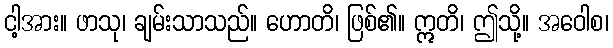
ငါ့အား။ ဖာသု၊ ချမ်းသာသည်။ ဟောတိ၊ ဖြစ်၏။ ဣတိ၊ ဤသို့။ အဝေါစ၊